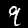
Label: 9